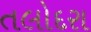
તલોદરા